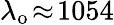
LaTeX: \lambda_{\mathrm{o}}\! \approx\! 1054